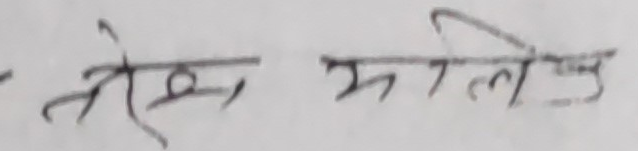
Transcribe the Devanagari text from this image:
एक मिलेर